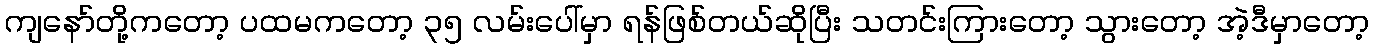
ကျနော်တို့ကတော့ ပထမကတော့ ၃၅ လမ်းပေါ်မှာ ရန်ဖြစ်တယ်ဆိုပြီး သတင်းကြားတော့ သွားတော့ အဲ့ဒီမှာတော့